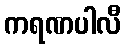
ကရဏပါလီ